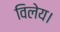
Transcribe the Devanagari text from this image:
विलेय।